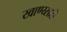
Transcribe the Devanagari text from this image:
खाण्य्साठी